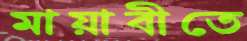
মায়াবীতে